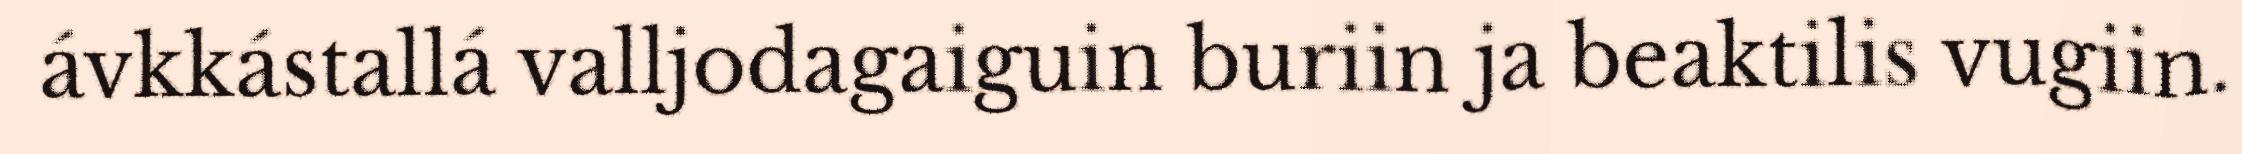
ávkkástallá valljodagaiguin buriin ja beaktilis vugiin.